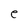
Character: e